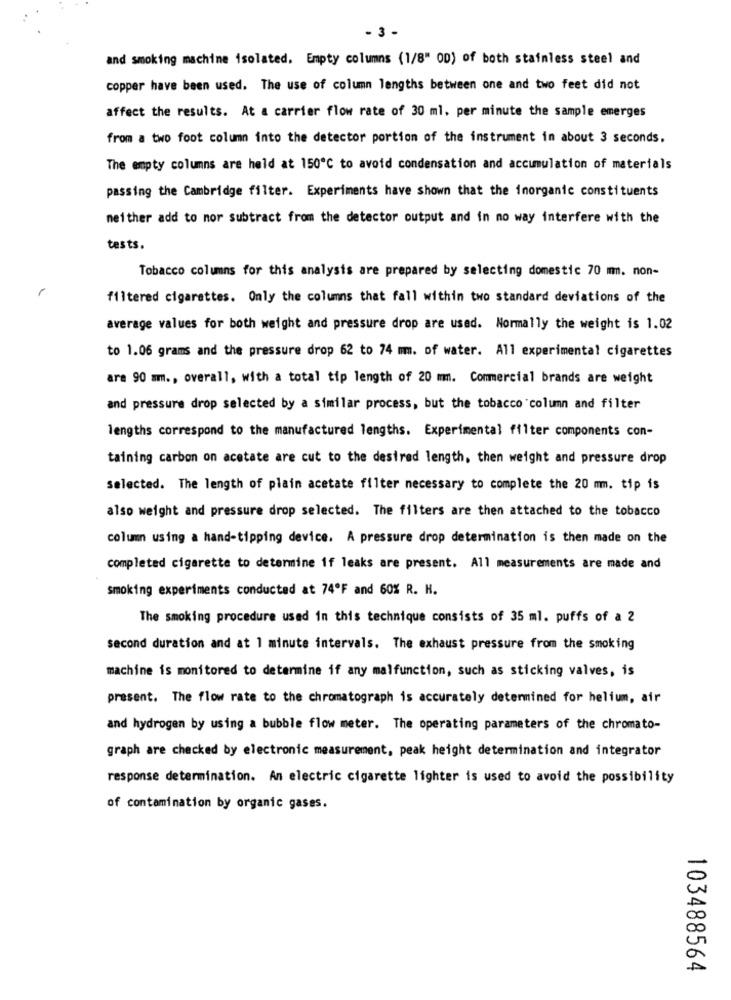
- 3 -
and smoking machine isolated. Empty columns (1/8" OD) of both stainless steel and
copper have been used. The use of column lengths between one and two feet did not
affect the results. At a carrier flow rate of 30 ml, per minute the sample emerges
from a two foot column into the detector portion of the instrument in about 3 seconds.
The empty columns are held at 150℃ to avoid condensation and accumulation of materials
passing the Cambridge filter. Experiments have shown that the inorganic constituents
neither add to mor subtract from the detector output and in no way interfere with the
tests.
Tobacco columns for this analysis are prepared by selecting domestic 70 m. non-
filtered cigarettes. Only the columns that fall within two standard deviations of the
average values for both weight and pressure drop are used. Normally the weight is 1.02
to 1.06 grams and the pressure drop 62 to 74 mm. of water. All experimental cigarettes
are 90 mm ., overall, with a total tip length of 20 mm. Commercial brands are weight
and pressure drop selected by a similar process, but the tobacco column and filter
lengths correspond to the manufactured lengths. Experimental filter components con-
taining carbon on acetate are cut to the desired length, then weight and pressure drop
Selected. The length of plain acetate filter necessary to complete the 20 mm. tip is
also weight and pressure drop selected. The filters are then attached to the tobacco
column using a hand-tipping device. A pressure drop determination is then made on the
completed cigarette to determine if leaks are present. All measurements are made and
smoking experiments conducted at 74ºF and 60% R. H.
The smoking procedure used in this technique consists of 35 ml. puffs of a 2
second duration and at 1 minute intervals. The exhaust pressure from the smoking
machine is monitored to determine if any malfunction, such as sticking valves, is
present. The flow rate to the chromatograph is accurately determined for helium, air
and hydrogen by using a bubble flow meter. The operating parameters of the chromato-
graph are checked by electronic measurement, peak height determination and integrator
response determination. An electric cigarette lighter is used to avoid the possibility
of contamination by organic gases.
103488564